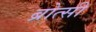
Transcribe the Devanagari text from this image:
ब्रोत्सी